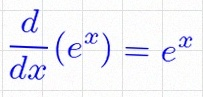
\frac{d}{dx}(e^x)=e^x